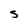
Character: S